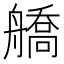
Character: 𦪞